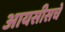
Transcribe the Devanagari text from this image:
आयसीसचे